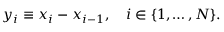
y _ { i } \equiv x _ { i } - x _ { i - 1 } , \quad i \in \{ 1 , \ldots , N \} .